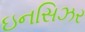
ઇનસિઝર